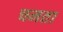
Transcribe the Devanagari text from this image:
चमता